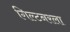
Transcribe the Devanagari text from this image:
गिल्टनरला